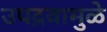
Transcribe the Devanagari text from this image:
उपद्रवामुळे